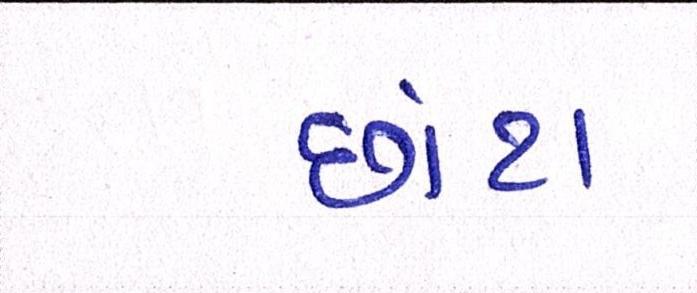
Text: છાંટા